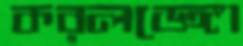
করলডেঙ্গা